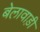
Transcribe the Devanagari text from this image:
बेलावाड़ी